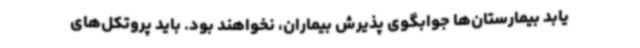
یابد بیمارستان‌ها جوابگوی پذیرش بیماران، نخواهند بود. باید پروتکل‌های